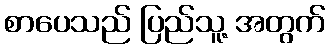
စာပေသည် ပြည်သူ့ အတွက်